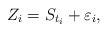
LaTeX: \begin{align*}Z_i = S_{t_i} + \varepsilon_i,\end{align*}